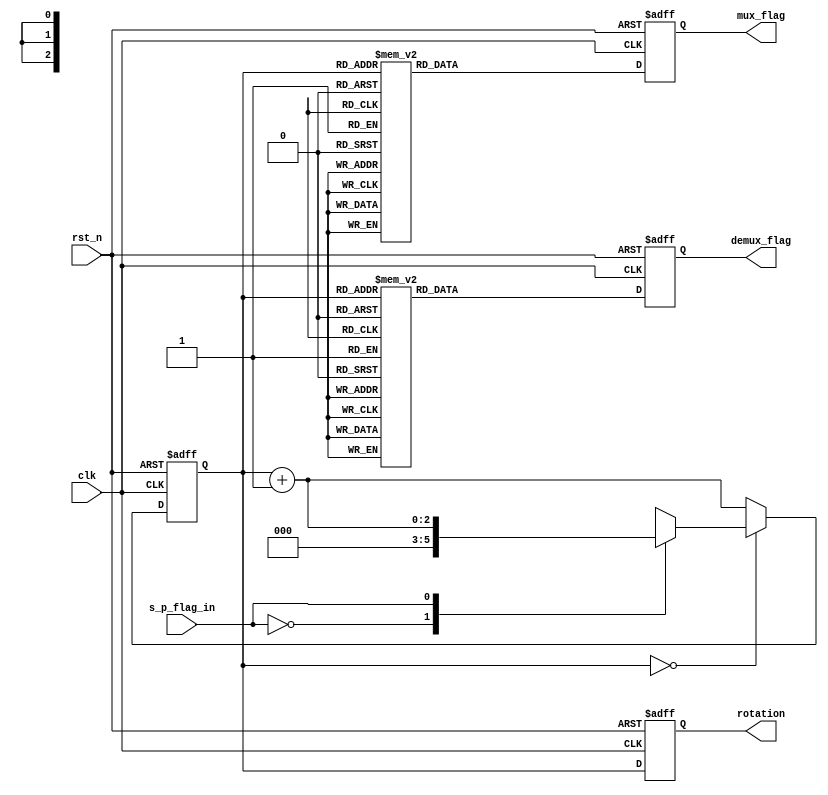
// This program was cloned from: https://github.com/VenciFreeman/FFT_ChipDesign
// License: Mozilla Public License 2.0

//**********************************************************
// School: Shanghai Jiao Tong University
//
// File Name: ctrl
//
// Type: Sequential
//
// Purpose: control rotation factors and set flag, has been verified correctly in Modelsim.
//
// Details:
//
// Release History:
// - Version 1.0 20/03/26: Create.
// - Version 1.1 20/03/27: Create counter core_tick & mux/demux flag logic according to core_tick.
// - Version 1.2 20/03/28: Create rotation logic according to core_tick & add specific parameters
// - Version 1.3 20/04/21: Edit format by @Vencifreeman;
// - Version 1.4 20/04/21: Edit rotation.
//
// Notes:
//
//**********************************************************

module ctrl(
  input  wire       clk,
  input  wire       rst_n,
  input  wire       s_p_flag_in,  // s_p_flag_in equals to 1 when s_p module has 13 elements, else equals to 0
  output reg        mux_flag,
  output reg  [2:0] rotation,
  output reg        demux_flag
  );

  parameter STOP = 3'b0;
  parameter MUX_IDLE = 1'b0;
  parameter ROT_IDLE = 3'b0;
  parameter DEMUX_IDLE = 1'b0;
  parameter S_P_SEL_0 = 1'b0;
  parameter S_P_SEL_1 = 1'b0;
  parameter S_P_SEL_2 = 1'b0;
  parameter S_P_SEL_3 = 1'b0;
  parameter REG_SEL_0 = 1'b1;
  parameter REG_SEL_1 = 1'b1;
  parameter REG_SEL_2 = 1'b1;
  parameter REG_SEL_3 = 1'b1;
  parameter P_S_SEL_0 = 1'b0;
  parameter P_S_SEL_1 = 1'b0;
  parameter P_S_SEL_2 = 1'b0;
  parameter P_S_SEL_3 = 1'b0;

  reg[2:0] core_tick;  // count how many sequential logic

// This always part controls signal core_tick. 
  always @ ( posedge clk or negedge rst_n) begin
    if ( !rst_n )
      core_tick <= STOP; // 3 bits
    else if ( core_tick == STOP ) begin
      case ( s_p_flag_in )
        1'b0: core_tick <= STOP;
        1'b1: core_tick <= core_tick + 1;
      endcase
    end else
      core_tick <= core_tick + 1;
  end

// This always part controls signal mux_flag.
  always @ ( posedge clk or negedge rst_n ) begin
    if ( !rst_n )
      mux_flag <= MUX_IDLE;
    else begin
      case ( core_tick )
        3'b000: mux_flag <= S_P_SEL_0;  // Comment here to lower power consumption but no use
        3'b001: mux_flag <= S_P_SEL_1;  // 15
        3'b010: mux_flag <= S_P_SEL_2;  // 16
        3'b011: mux_flag <= S_P_SEL_3;  // 17
        3'b100: mux_flag <= REG_SEL_0;  // 18
        3'b101: mux_flag <= REG_SEL_1;  // 19
        3'b110: mux_flag <= REG_SEL_2;  // 20
        3'b111: mux_flag <= REG_SEL_3;  // 21
        // If MUX/DEMUX has 3 OPTIONS (SP/PS, REG, IDLE), but no use to lower power consumption because still need compute IDLE
      endcase
    end
  end

// This always part controls signal demux_flag.
  always @ ( posedge clk or negedge rst_n ) begin
    if ( !rst_n )
      demux_flag <= DEMUX_IDLE;
    else begin
      case ( core_tick )
        3'b000: demux_flag <= REG_SEL_0;  // Comment here to lower power consumption but no use
        3'b001: demux_flag <= REG_SEL_1;  // 15
        3'b010: demux_flag <= REG_SEL_2;  // 16
        3'b011: demux_flag <= REG_SEL_3;  // 17
        3'b100: demux_flag <= P_S_SEL_0;  // 18
        3'b101: demux_flag <= P_S_SEL_1;  // 19
        3'b110: demux_flag <= P_S_SEL_2;  // 20
        3'b111: demux_flag <= P_S_SEL_3;  // 21
        // If MUX/DEMUX has 3 OPTIONS (SP/PS, REG, IDLE), but no use to lower power consumption because still need compute IDLE
      endcase
    end
  end

// This always part controls signal rotation.
always @ ( posedge clk or negedge rst_n ) begin
  if ( !rst_n )
    rotation <= ROT_IDLE; 
  else
    rotation <=core_tick;
end
    
endmodule